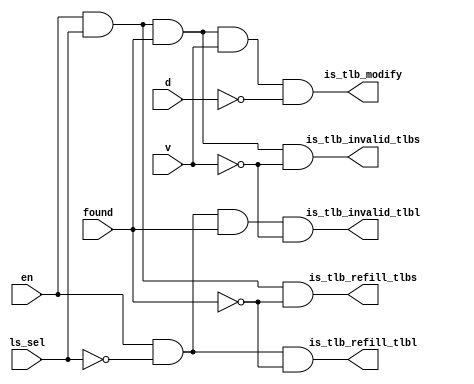
`timescale 1ns / 1ps

module mmu_exception (
    // 0 load 1 store
    input   wire en,
    input   wire ls_sel,
    input   wire found,
    input   wire v,
    input   wire d,
    output  wire is_tlb_refill_tlbl,
    output  wire is_tlb_refill_tlbs,
    output  wire is_tlb_invalid_tlbl,
    output  wire is_tlb_invalid_tlbs,
    output  wire is_tlb_modify
);

    assign is_tlb_refill_tlbl   =
        en & ~ls_sel & ~found;
    assign is_tlb_refill_tlbs   =
        en &  ls_sel & ~found;
    assign is_tlb_invalid_tlbl  =
        en & ~ls_sel & found & ~v;
    assign is_tlb_invalid_tlbs  =
        en & ls_sel & found & ~v;
    assign is_tlb_modify        =
        en & ls_sel & found & v & ~d;
endmodule